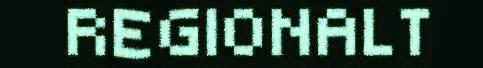
REGIONALT